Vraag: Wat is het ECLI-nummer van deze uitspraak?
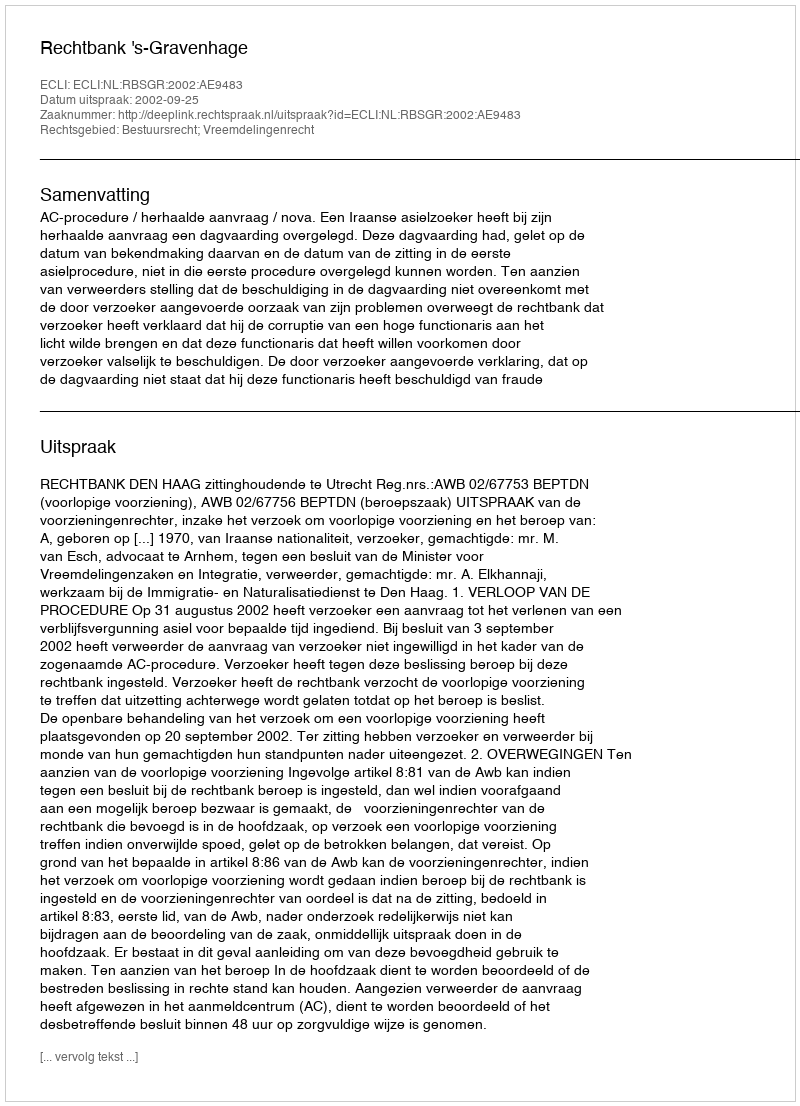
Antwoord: ECLI:NL:RBSGR:2002:AE9483